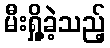
မီးရှို့ခဲ့သည့်